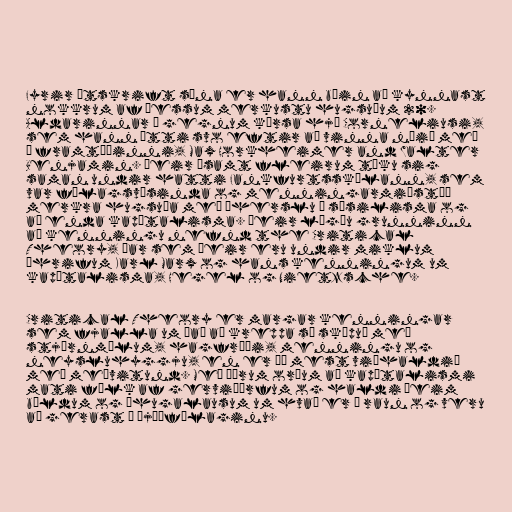
Fyrir útskrift sína er hann búin að kynnast
nokkrum af þessum merkustu hugsuðum 20.
Aldarinnar í gegnum kúrsa hjá Corneliusi,
sem hann átti svo eftir að vinna náið með
í framtíðinni, Max Horkheimer and Walter
Benjamin. Þeir ásamt fleirum tóku sig
saman undir hatti Fankfurtsskólann, sem
var félagsvísinda og menningarmiðstöð
merkra hugsuða með áherslu á sósilisma og
að enda kapítalisma. Þeir lögðu grunninn
að kenningu nefnd the Critical
Theory, þar sem þeir eru undir miklum
áhrifum Karl Marx og hans kenningum um
kapítalisma, Hegel og Nietzsche.

Critical Theory er margar kenningar
sem fjalla um það að kreppa sé sköpuð með
stjórnmálum, hagfræði, menningu og
neysluhyggju, en er þó mest viðhaldið
með meðvitund. Með öðrum orðum að kapítalismi
mati fólk af gerviþörfum og haldi þeim
bældum og áhugalausum um hvað er í raun og veru
að gerast í þjóðfélaginu.